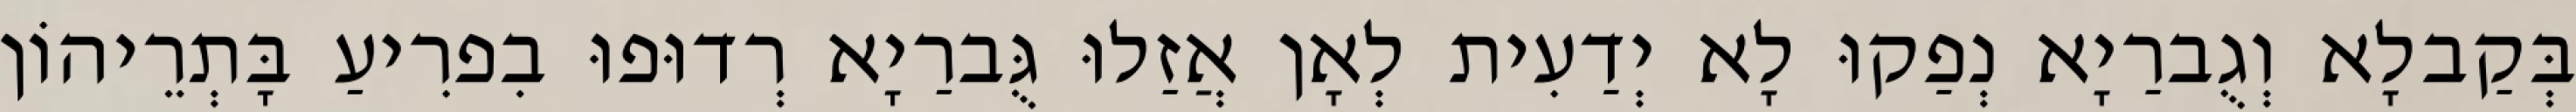
בְּקַבלָא וְגֻברַיָא נְפַקוּ לָא יְדַעִית לְאָן אֲזַלוּ גֻּברַיָא רְדוּפוּ בִפרִיעַ בָּתְרֵיהוֹן